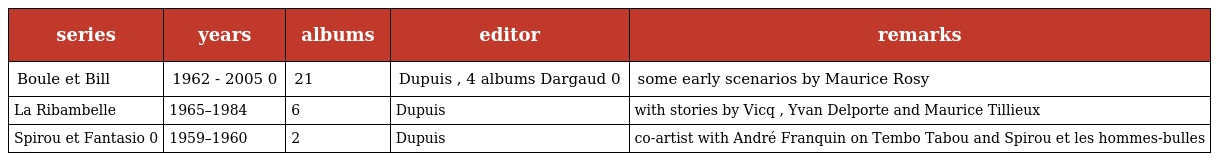
| series | years | albums | editor | remarks |
 | --- | --- | --- | --- | --- |
 | Boule et Bill | 1962 - 2005 0 | 21 | Dupuis , 4 albums Dargaud 0 | some early scenarios by Maurice Rosy |
 | La Ribambelle | 1965–1984 | 6 | Dupuis | with stories by Vicq , Yvan Delporte and Maurice Tillieux |
 | Spirou et Fantasio 0 | 1959–1960 | 2 | Dupuis | co-artist with André Franquin on Tembo Tabou and Spirou et les hommes-bulles |